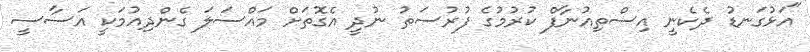
"އަޅުގަނޑު ދެކެނީ އިސްތިއުނާފް ކުރުމުގެ ފުރުސަތު ނުދީ އެގޮތަށް މައްސަލަ ގެންދިއުމަކީ އަސާސީ